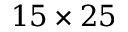
1 5 \times 2 5